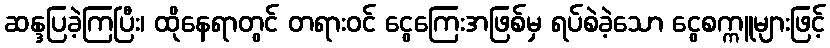
ဆန္ဒပြခဲ့ကြပြီး၊ ထိုနေရာတွင် တရားဝင် ငွေကြေးအဖြစ်မှ ရပ်စဲခဲ့သော ငွေစက္ကူများဖြင့်